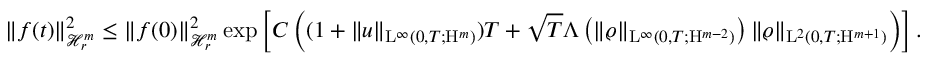
\begin{array} { r } { \Vert f ( t ) \Vert _ { \mathcal { H } _ { r } ^ { m } } ^ { 2 } \leq \Vert f ( 0 ) \Vert _ { \mathcal { H } _ { r } ^ { m } } ^ { 2 } \exp \left[ C \left( ( 1 + \Vert u \Vert _ { \mathrm { L } ^ { \infty } ( 0 , T ; \mathrm { H } ^ { m } ) } ) T + { \sqrt { T } } \Lambda \left( \Vert \varrho \Vert _ { \mathrm { L } ^ { \infty } ( 0 , T ; \mathrm { H } ^ { m - 2 } ) } \right) \Vert \varrho \Vert _ { \mathrm { L } ^ { 2 } ( 0 , T ; \mathrm { H } ^ { m + 1 } ) } \right) \right] . } \end{array}